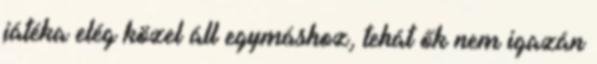
játéka elég közel áll egymáshoz, tehát ők nem igazán